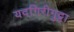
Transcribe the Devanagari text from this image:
यदगिरीगुट्टा